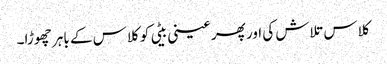
کلاس تلاش کی اور پھر عینی بیٹی کو کلاس کے باہر چھوڑا۔